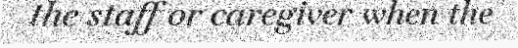
the staff or caregiver when the